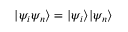
| \psi _ { i } \psi _ { n } \rangle = | \psi _ { i } \rangle | \psi _ { n } \rangle